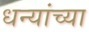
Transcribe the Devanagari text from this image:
धन्यांच्या